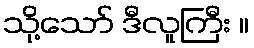
သို့သော် ဒီလူကြီး ။